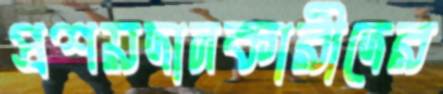
প্রশয়দানকারীদের